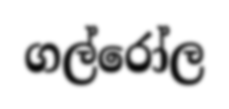
ගල්රෝල